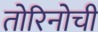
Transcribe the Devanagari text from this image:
तोरिनोची